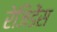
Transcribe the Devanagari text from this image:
रेजिडेंस